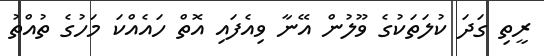
ރީތި ގަދަ ކުލަތަކުގެ ވޫލުން އޭނާ ވިއެފައި އޮތް ހައެއްކަ މަހުގެ ތުއްތު